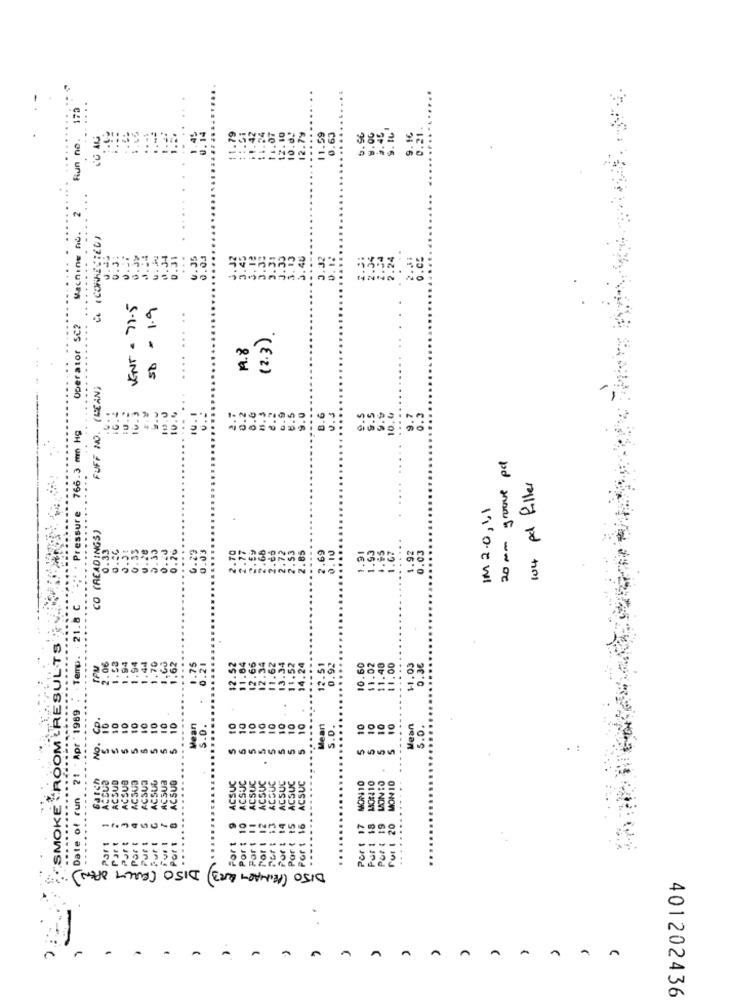
..
170
Run no. 170
.79
.45
. 14
11.59
. 16
0.21
3872
.
Machine no. 2
......
...
.35
0.00
3.31
.40
0.
KENT . 71.5
5$ = 1.9
Operator SC2
...........
...
(2.3).
19.8
...
FUFF NO. (MEAN)
9.9
.....
10.
10.
2.
8.6
9.0
8.6
U.S
9.5
10. 0
9.7
0.3
766.3 mm Hg
20 mm groove pc
104 pd filler
Pressure
IM 2.0,41
CO (READINGS)
.....
0.33
0.29
0.03
2.70
2.77
2.66
2.53
2.85
2.69
0.10
1.93
.92
0.03
.26
2.3
0.76
.....
2.72
1.91
.67
. 21.8 C
"SMOKE ""ROOM RESULTS
Temp.
12.52
2.06
1.53
1.94
.62
0.21
12.51
10.60
11.02
11.40
11.00
.....
11.03
0.36
*1969
CP.
10
10
10
10
10
10
10
10
10
10
10
10
Vean
s.D.
10
10
10
.....
S.D.
....
10
10
Mean
5.0.
...
21 - Apr
S
5
5
5
5
5
5
5
5
Gatch
ACSUD
CSUB
AÇSUB
ACSUC
MON10
MON 10
ACSUB
ACSU3
ACSUB
.....
ACSUC
ACSUC
Date of run
...
........
Por t
----
-
-
--
For
--
===-
Tul
2222
DIJO (PRIMARY KR3) DISO (FULLY OPEN)
2
A
A
A
401202436